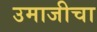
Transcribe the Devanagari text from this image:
उमाजीचा